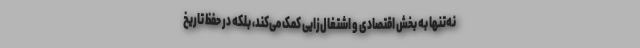
نه‌تنها به بخش اقتصادی و اشتغال‌زایی کمک می‌کند، بلکه در حفظ تاریخ